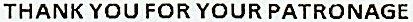
THANK YOU FOR YOUR PATRONAGE